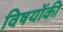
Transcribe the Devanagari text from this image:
विषयोंकी